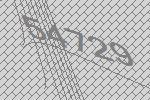
54729